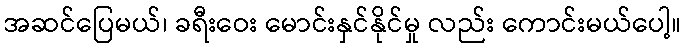
အဆင်ပြေမယ်၊ ခရီးဝေး မောင်းနှင်နိုင်မှု လည်း ကောင်းမယ်ပေါ့။